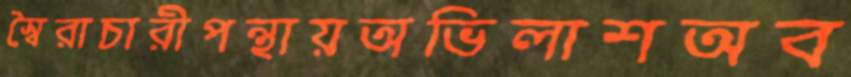
স্বৈরাচারীপন্থায়অভিলাশঅব